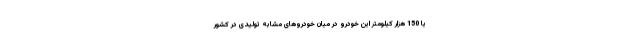
یا 150 هزار کیلومتر این خودرو در میان خودروهای مشابه تولیدی در کشور